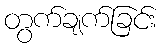
တွက်ချက်ခြင်း